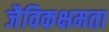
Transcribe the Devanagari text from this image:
जैविकक्षमता